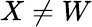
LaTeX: X\neq W